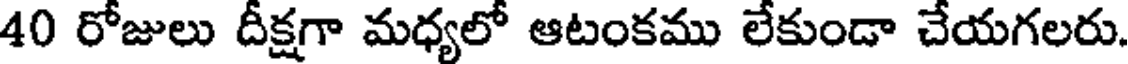
40 రోజులు దీక్షగా మధ్యలో ఆటంకము లేకుండా చేయగలరు.